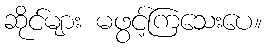
ဆိုင်များ မဖွင့်ကြသေးပေ။